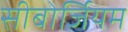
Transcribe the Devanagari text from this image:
सीबोर्जियम